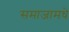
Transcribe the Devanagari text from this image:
समाजामधे